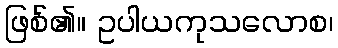
ဖြစ်၏။ ဥပါယကုသလောစ၊